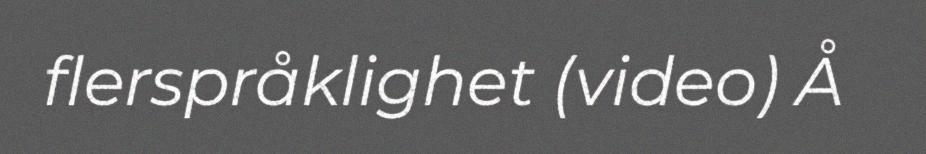
flerspråklighet (video) Å